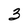
Character: 3